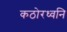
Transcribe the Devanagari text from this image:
कठोरध्वनि